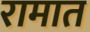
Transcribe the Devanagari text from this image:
रामात